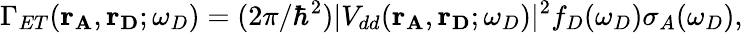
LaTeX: \Gamma_{ET}(\mathbf{r_{A}},\mathbf{r_{D}};\omega_{D})=(2\pi/\hbar^{2})|V_{dd}(\mathbf{r_{A}},\mathbf{r_{D}};\omega_{D})|^{2}f_{D}(\omega_{D})\sigma_{A}(\omega_{D}),